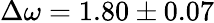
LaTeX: \Delta\omega=1.80\pm 0.07